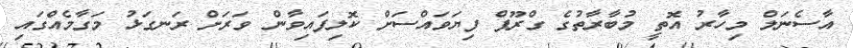
އާސެނަލް މިހާރު އޮތީ މުބާރާތުގެ ގްރޫޕް ފިޔަވައްސަށް ކޮލިފައިވާން ވަރަށް ރަނގަޅު މަގާމެއްގައި